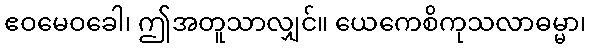
ဧဝမေဝခေါ၊ ဤအတူသာလျှင်။ ယေကေစိကုသလာဓမ္မာ၊